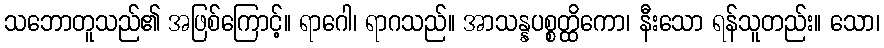
သဘောတူသည်၏ အဖြစ်ကြောင့်။ ရာဂေါ၊ ရာဂသည်။ အာသန္နပစ္စတ္ထိကော၊ နီးသော ရန်သူတည်း။ သော၊